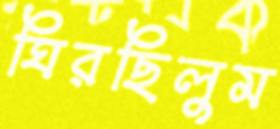
ঘিরছিলুম